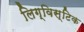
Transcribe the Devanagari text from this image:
लिग्विस्टिक